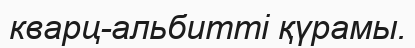
кварц-альбитті қүрамы.